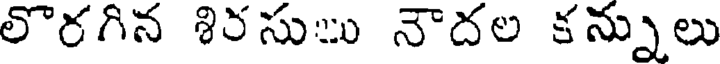
లొరగిన శిరసుు నౌదల కన్నులు